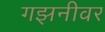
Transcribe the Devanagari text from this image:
गझनीवर